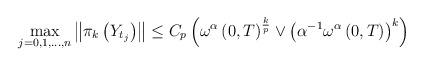
LaTeX: \begin{align*}\max_{j=0,1,\dots ,n}\left\Vert \pi _{k}\left( Y_{t_{j}}\right) \right\Vert\leq C_{p}\left( \omega ^{\alpha }\left( 0,T\right) ^{\frac{k}{p}}\vee\left( \alpha ^{-1}\omega ^{\alpha }\left( 0,T\right) \right) ^{k}\right) \end{align*}